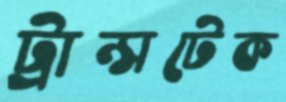
ট্রান্সটেক